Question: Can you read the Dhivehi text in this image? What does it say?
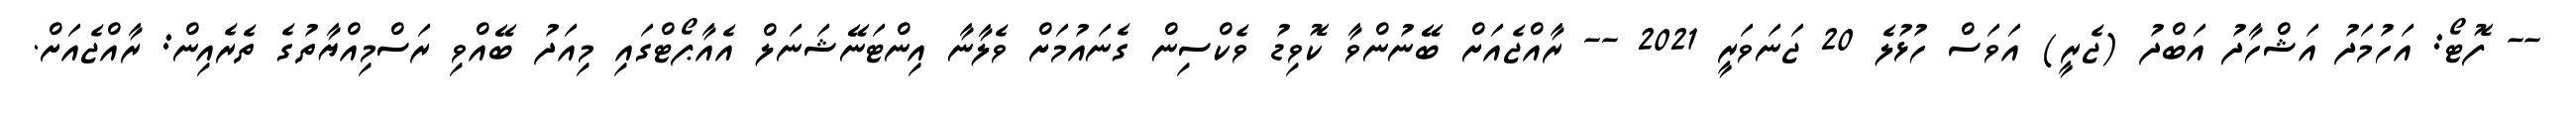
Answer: -- ފޮޓޯ: އަހުމަދު އަޝްހާދު އަބްދު (ޖެރީ) އަވަސް ހުޅުލެ 20 ޖަނަވަރީ 2021 -- ރާއްޖެއަށް ބޭނުންވާ ކޮވިޑު ވެކްސިން ގެނައުމަށް ވެލާނާ އިންޓަނޭޝަނަލް އެއާޕޯޓްގައި މިއަދު ބޭއްވި ރަސްމިއްޔާތުގެ ތެރެއިން: ރާއްޖެއަށް.